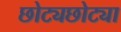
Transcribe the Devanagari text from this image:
छोट्यछोट्या